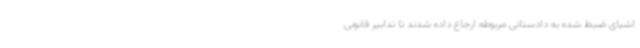
اشیای ضبط شده به دادستانی مربوطه ارجاع داده شدند تا تدابیر قانونی